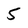
Character: 5